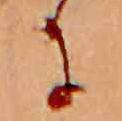
に